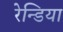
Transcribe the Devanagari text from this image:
रेन्डिया